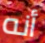
أنه